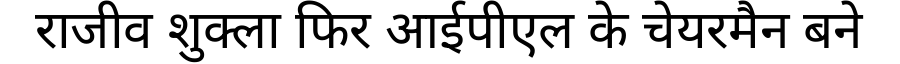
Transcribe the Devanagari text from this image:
राजीव शुक्ला फिर आईपीएल के चेयरमैन बने